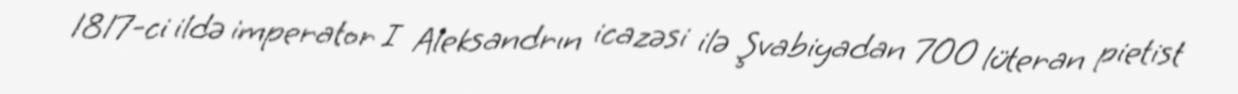
1817-ci ildə imperator I Aleksandrın icazəsi ilə Şvabiyadan 700 lüteran pietist